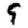
Digit: 9